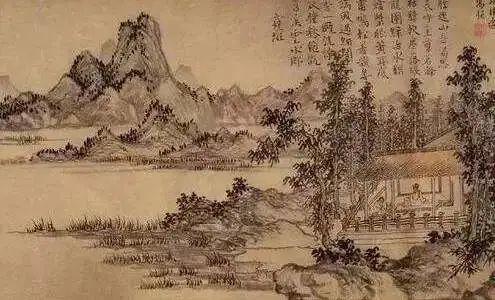
举觞酹先酒，为我驱忧烦。